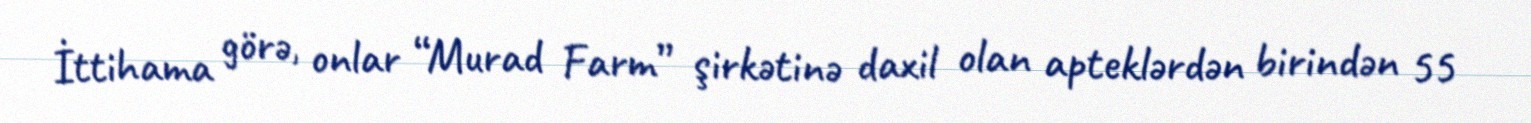
İttihama görə, onlar “Murad Farm” şirkətinə daxil olan apteklərdən birindən 55